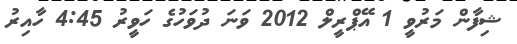
ޝިފާން މަރުވީ 1 އޭޕްރީލް 2012 ވަަނަ ދުވަހުގެ ހަވީރު 4:45 ހާއިރު